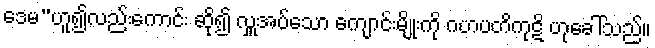
ဒေမ”ဟူ၍လည်းကောင်း ဆို၍ လှူအပ်သော ကျောင်းမျိုးကို ဂဟပတိကုဋိ ဟုခေါ်သည်။